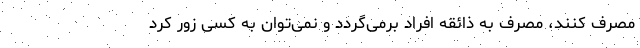
مصرف کنند، مصرف به ذائقه افراد برمی‌گردد و نمی‌توان به کسی زور کرد